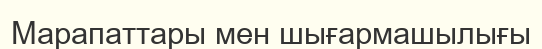
Марапаттары мен шығармашылығы